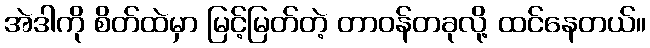
အဲဒါကို စိတ်ထဲမှာ မြင့်မြတ်တဲ့ တာဝန်တခုလို့ ထင်နေတယ်။